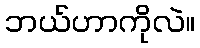
ဘယ်ဟာကိုလဲ။